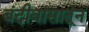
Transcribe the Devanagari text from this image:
बंदीवासातून